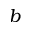
b